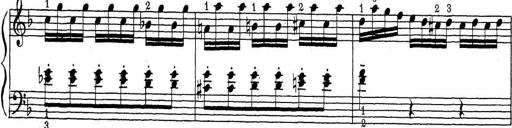
Title: ÄŒeskÃ© Sonatiny
Composer: Various